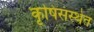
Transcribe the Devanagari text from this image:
कृषिसंस्थेत